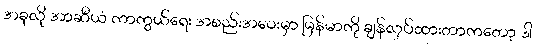
အခုလို အာဆီယံ ကာကွယ်ရေး အစည်းအဝေးမှာ မြန်မာကို ချန်လှပ်ထားတာကတော့ ဒါ